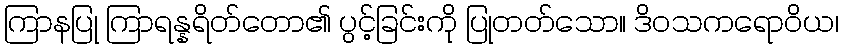
ကြာနပြု ကြာရန္နရိတ်တော၏ ပွင့်ခြင်းကို ပြုတတ်သော။ ဒိဝသကရောဝိယ၊